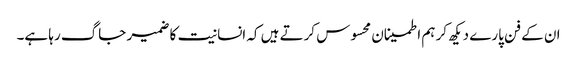
ان کے فن پارے دیکھ کر ہم اطمینان محسوس کرتے ہیں کہ انسانیت کا ضمیر جاگ رہا ہے۔